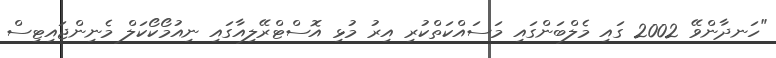
"ހަނދާންވޭ 2002 ގައި މެލްބަންގައި މަސައްކަތްކުރި އިރު މުޅި އޮސްޓްރޭލިއާގައި ނިއުމޯކޯކަލް މެނިންޖައިޓިސް